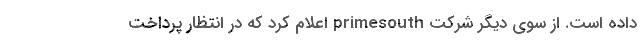
داده است. از سوی دیگر شرکت primesouth اعلام کرد که در انتظار پرداخت